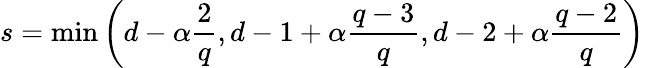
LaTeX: s=\operatorname*{min}\left(d-\alpha\frac{2}{q},d-1+\alpha\frac{q-3}{q},d-2+\alpha\frac{q-2}{q}\right)